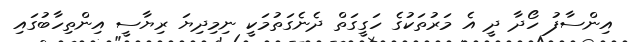
އިންސާފު ހޯދާ ދީ އެ މަރުތަކުގެ ހަގީގަތް ދެނެގަތުމަކީ ނިމިދިޔަ ރިޔާސީ އިންތިހާބުގައި